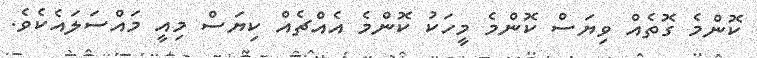
ކޮންމެ ގޮތެއް ވިޔަސް ކޮންމެ މީހަކު ކޮންމެ އެއްޗެއް ކިޔަސް މިއީ މައްސަލައެކެވެ.